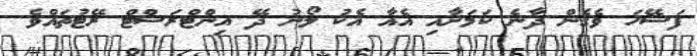
ފަސޭހަ ވެގެން ދާނެ ކަމަަށާއި އެއާ އެކު ލޯނު ދޭ އިންޓްރަސްޓް ރޭޓުތައްވެ